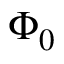
\Phi _ { 0 }